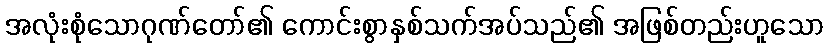
အလုံးစုံသောဂုဏ်တော်၏ ကောင်းစွာနှစ်သက်အပ်သည်၏ အဖြစ်တည်းဟူသော